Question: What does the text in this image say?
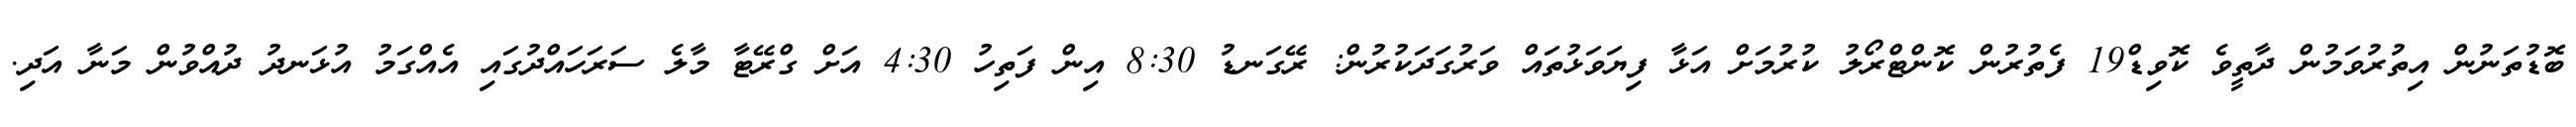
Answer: ބޮޑުތަނުން އިތުރުވަމުން ދާތީވެ ކޮވިޑް19 ފެތުރުން ކޮންޓްރޯލު ކުރުމަށް އަޅާ ފިޔަވަޅުތައް ވަރުގަދަކުރުން: ރޭގަނޑު 8:30 އިން ފަތިހު 4:30 އަށް ގްރޭޓާ މާލެ ސަރަހައްދުގައި އެއްގަމު އުޅަނދު ދުއްވުން މަނާ އަދި.